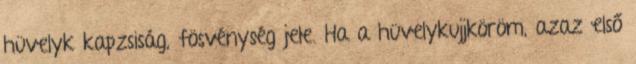
hüvelyk kapzsiság, fösvénység jele. Ha a hüvelykujjköröm, azaz első